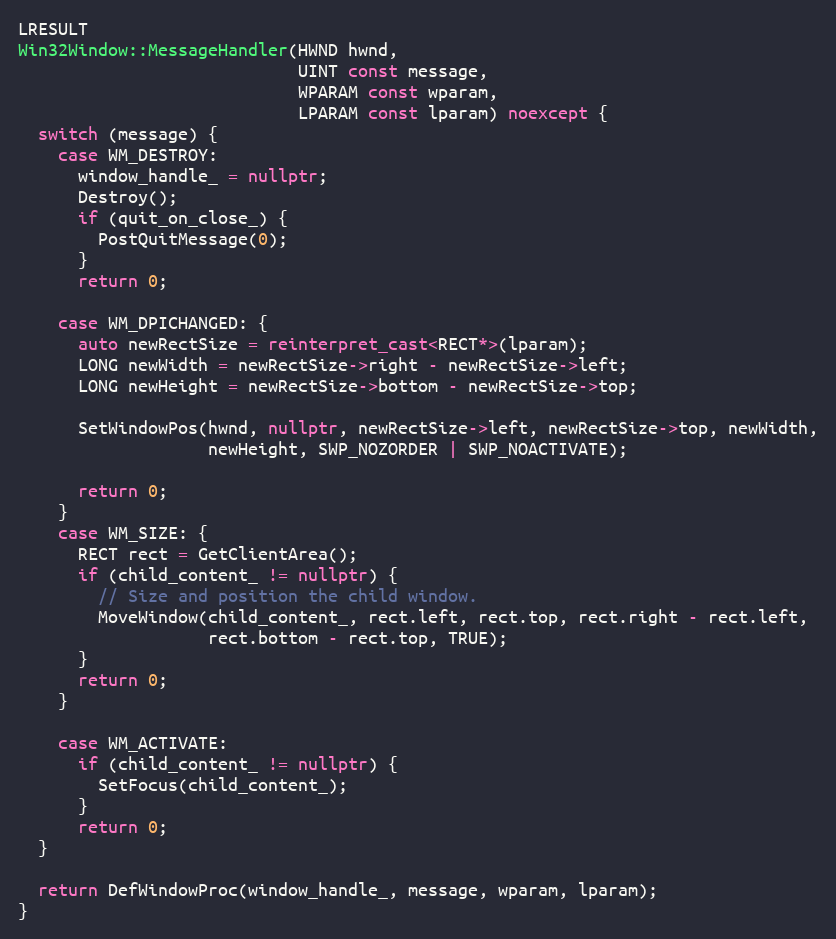
Language: C++
LRESULT
Win32Window::MessageHandler(HWND hwnd,
                            UINT const message,
                            WPARAM const wparam,
                            LPARAM const lparam) noexcept {
  switch (message) {
    case WM_DESTROY:
      window_handle_ = nullptr;
      Destroy();
      if (quit_on_close_) {
        PostQuitMessage(0);
      }
      return 0;

    case WM_DPICHANGED: {
      auto newRectSize = reinterpret_cast<RECT*>(lparam);
      LONG newWidth = newRectSize->right - newRectSize->left;
      LONG newHeight = newRectSize->bottom - newRectSize->top;

      SetWindowPos(hwnd, nullptr, newRectSize->left, newRectSize->top, newWidth,
                   newHeight, SWP_NOZORDER | SWP_NOACTIVATE);

      return 0;
    }
    case WM_SIZE: {
      RECT rect = GetClientArea();
      if (child_content_ != nullptr) {
        // Size and position the child window.
        MoveWindow(child_content_, rect.left, rect.top, rect.right - rect.left,
                   rect.bottom - rect.top, TRUE);
      }
      return 0;
    }

    case WM_ACTIVATE:
      if (child_content_ != nullptr) {
        SetFocus(child_content_);
      }
      return 0;
  }

  return DefWindowProc(window_handle_, message, wparam, lparam);
}